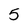
Character: 5